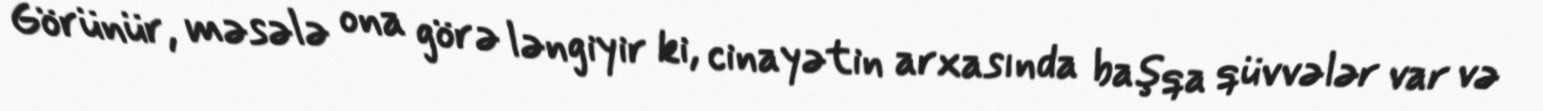
Görünür, məsələ ona görə ləngiyir ki, cinayətin arxasında başqa qüvvələr var və